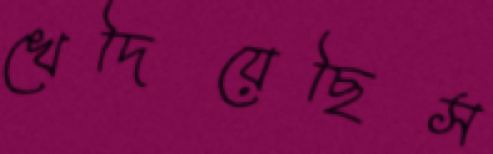
খেদিয়েছিস